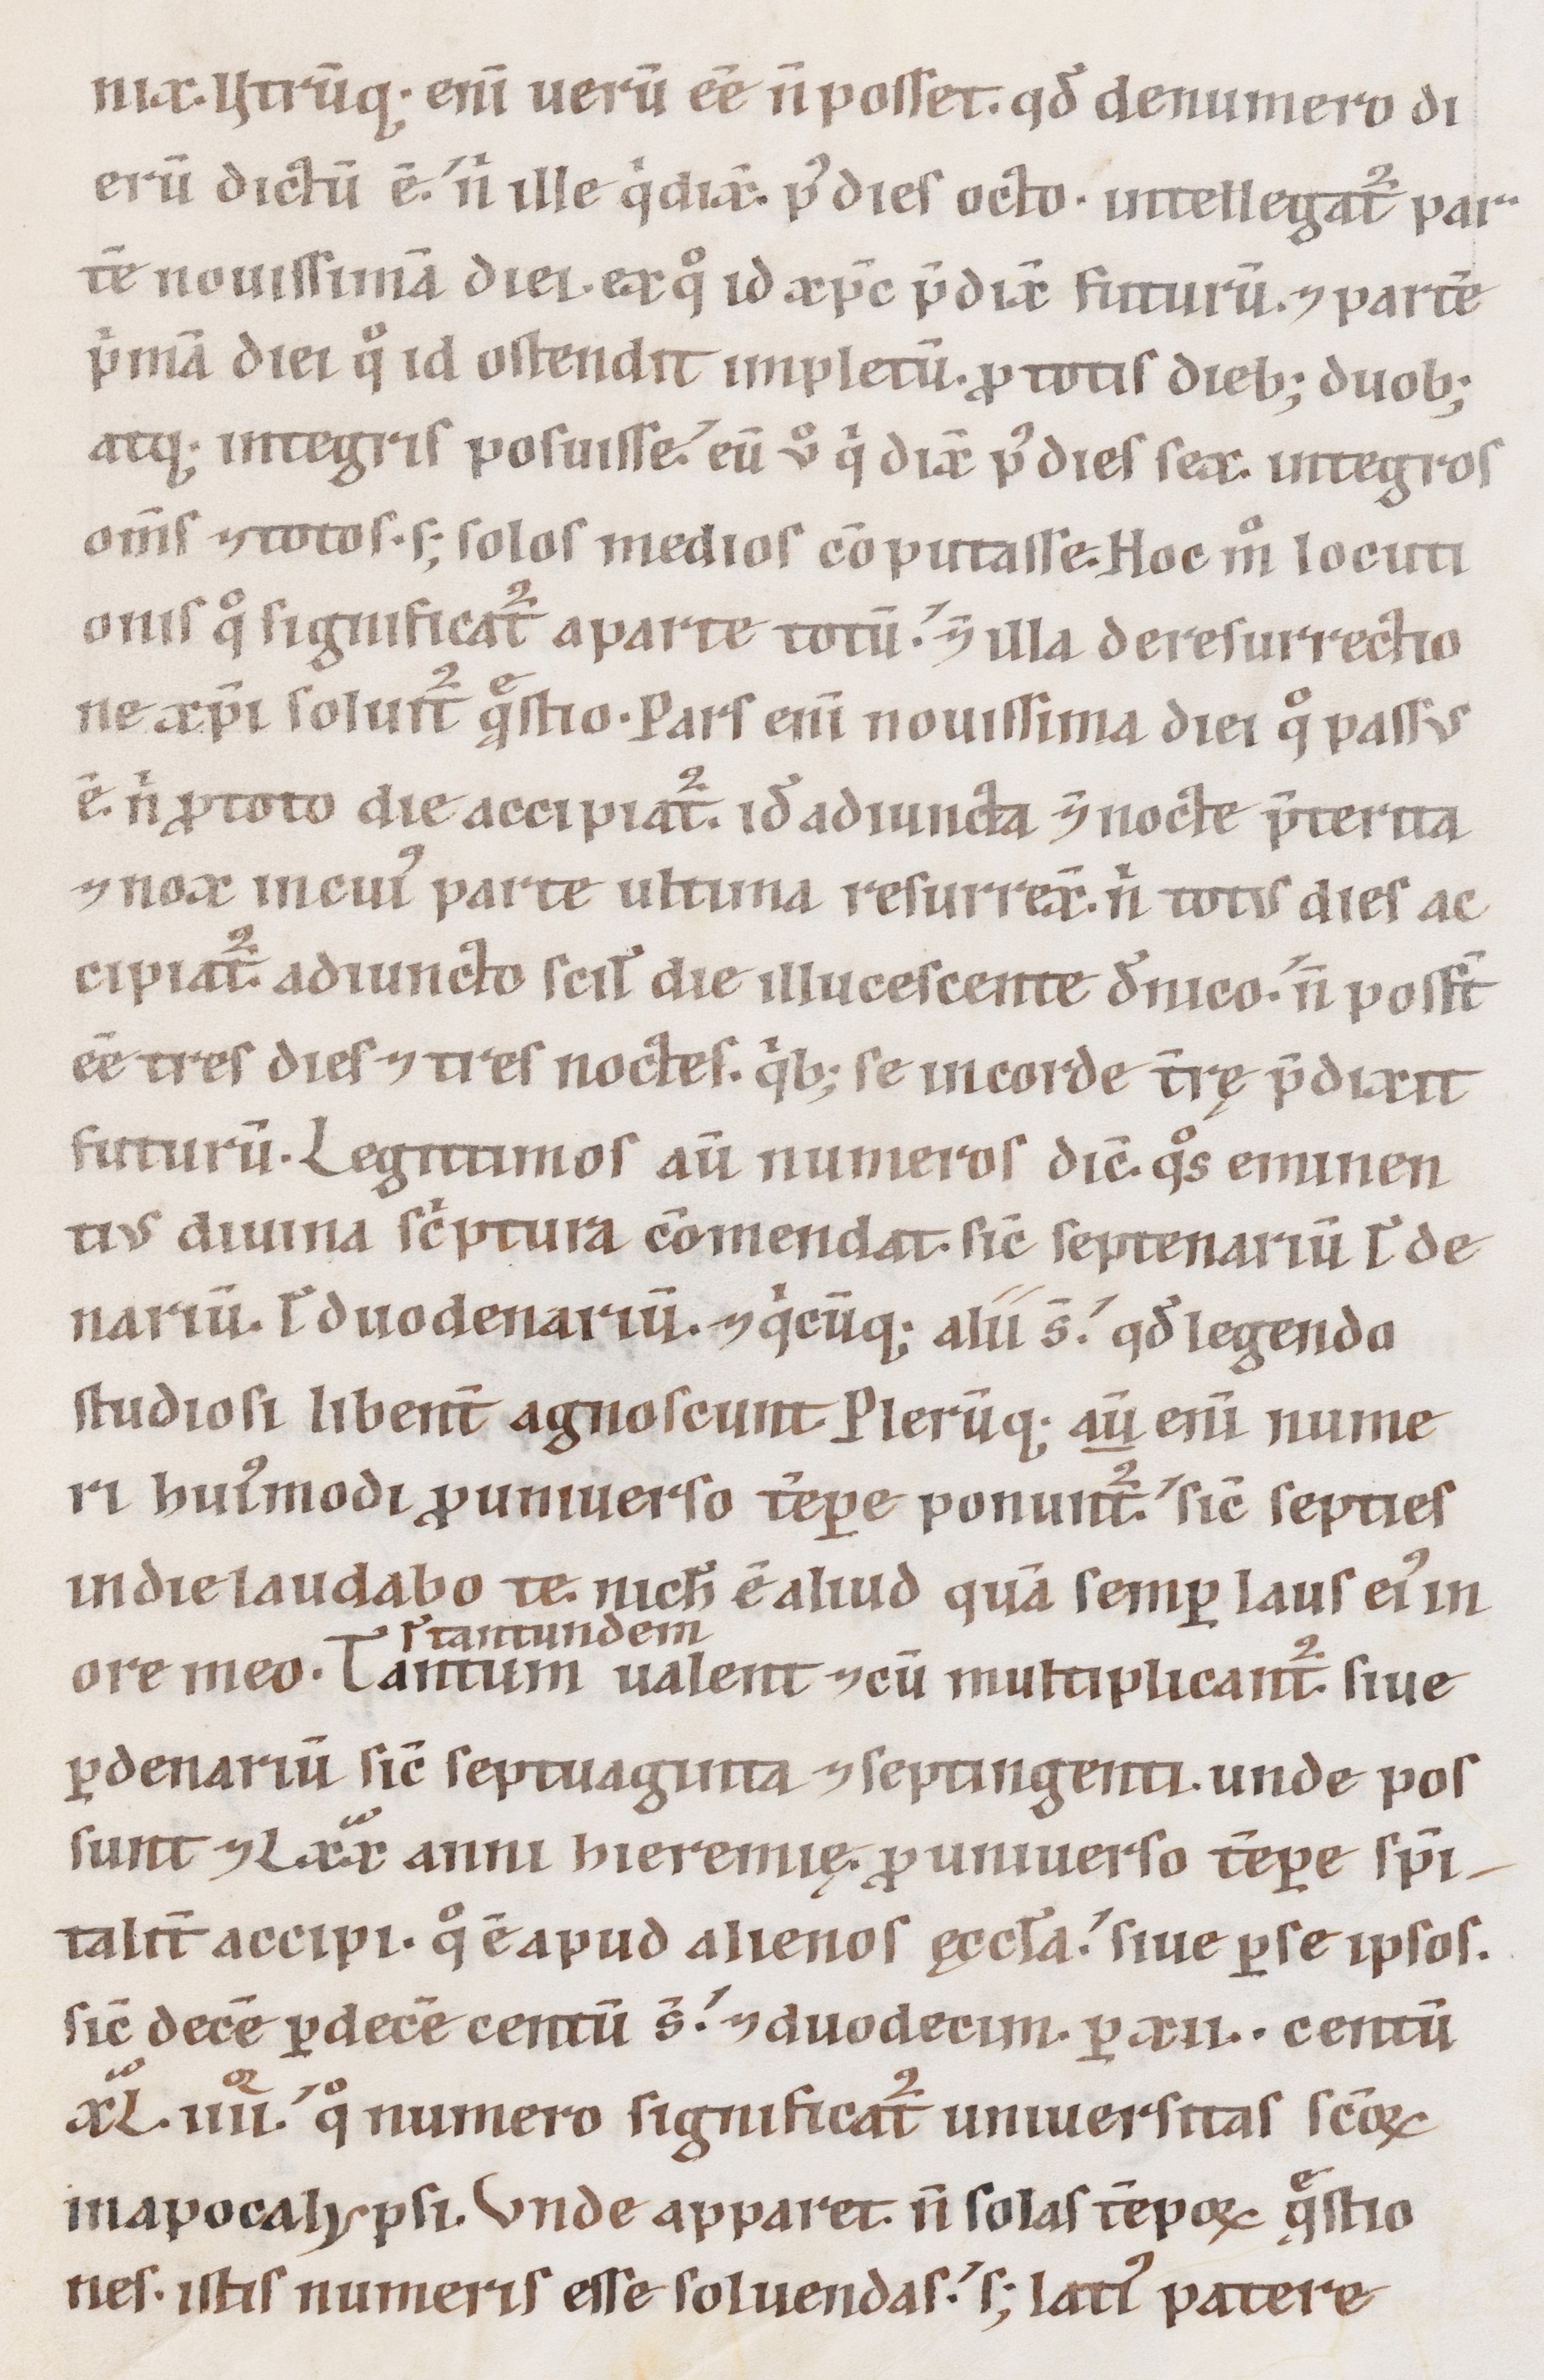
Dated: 1100–1199